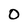
Character: O